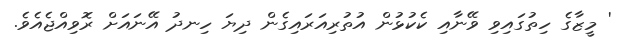
' މީޒާގެ ހިތުގައިވި ވޭނާއި ކެކުޅުން އުތުރިއަރައިގެން ދިޔަ ހިނދު އޭނައަށް ރޮވިއްޖެއެވެ.